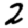
Digit: 2